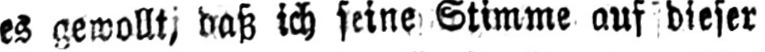
es gewollt, daß ich seine Stimme auf dieser